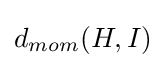
d_{mom}(H,I)